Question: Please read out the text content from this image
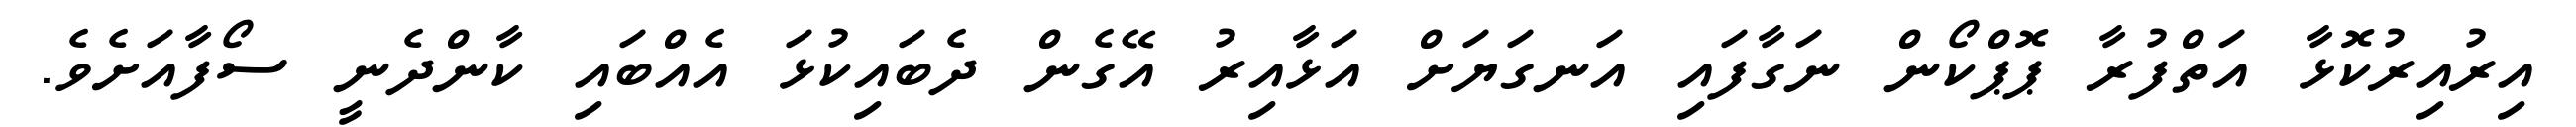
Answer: އިރުއިރުކޮޅާ އަތްފުރާ ޕޮޕްކޯން ނަގާފައި އަނގަޔަށް އަޅާއިރު އޭގެން ދެބައިކުޅަ އެއްބައި ކާންދެނީ ސޯފާއަށެވެ.